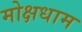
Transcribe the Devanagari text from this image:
मोक्षधाम